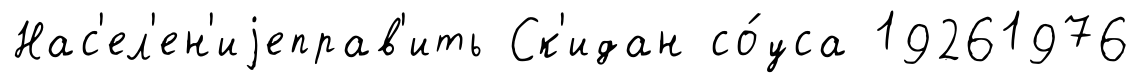
Нас'ел'ен'иjеправ'ить Ск'идан со́уса 19261976